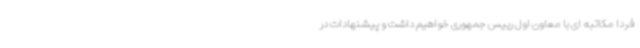
فردا مکاتبه ای با معاون اول رییس جمهوری خواهیم داشت و پیشنهادات در